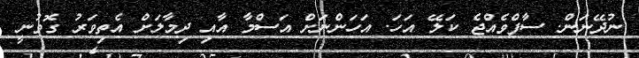
ނުދޭނަން. ސާފްވެއްޖެ ކަލޭ އަހަ. އަހަންނަށް އަސްމާ އާއި ދިމާލަށް އެތިވަރު ގޮވުނީ